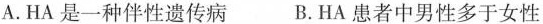
A.HA是一种伴性遗传病 B.HA患者中男性多于女性